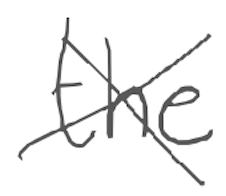
Text: the
Cross-out: cross
Writing tool: digital_gray